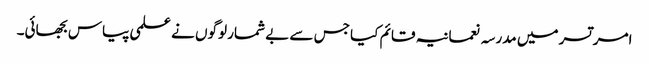
امر تسر میں مدرسہ نعمانیہ قائم کیا جس سے بے شمار لوگوں نے علمی پیاس بجھائی۔